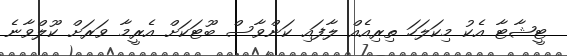
ޓީޝާޓާ އެކު މިކަލަހަ ތިރިއެއް ލާފައި ކަންވާސް ބޫޓަކަށް އެރީމާ ވަރަށް ކޫލްވާނެ